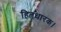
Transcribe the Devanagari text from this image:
हितधारक।